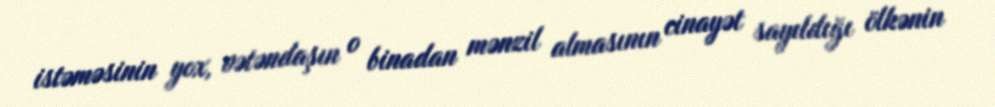
istəməsinin yox, vətəndaşın o binadan mənzil almasının cinayət sayıldığı ölkənin